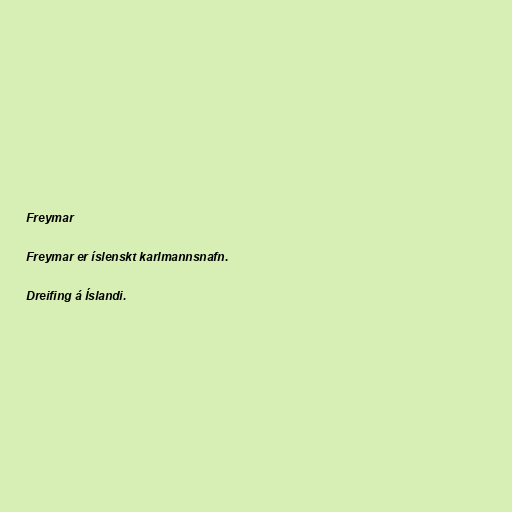
Freymar

Freymar er íslenskt karlmannsnafn.

Dreifing á Íslandi.